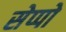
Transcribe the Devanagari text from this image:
सेप्पो